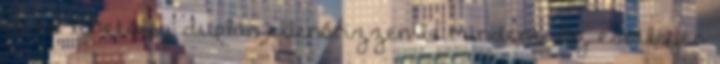
el, és lehetőleg duplán ellenőrizzen le mindent. Az esetleges